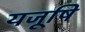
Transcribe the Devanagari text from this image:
यजूषि